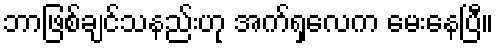
ဘာဖြစ်ချင်သနည်းဟု အက်ရှလေက မေးနေပြီ။